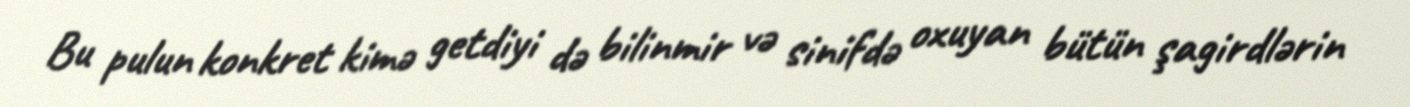
Bu pulun konkret kimə getdiyi də bilinmir və sinifdə oxuyan bütün şagirdlərin